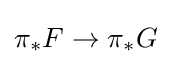
\pi _{*}F\to \pi _{*}G